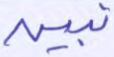
نبين